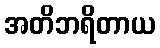
အတိဘရိတာယ